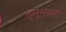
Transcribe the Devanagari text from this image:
त्सूनामी